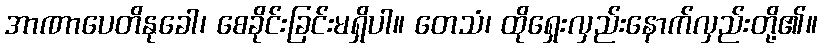
အာဏာပေတိနုခေါ၊ စေခိုင်းခြင်းမရှိပါ။ တေသံ၊ ထိုရှေးလှည်းနောက်လှည်းတို့၏။